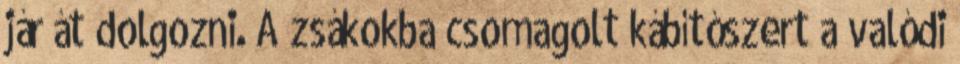
jár át dolgozni. A zsákokba csomagolt kábítószert a valódi